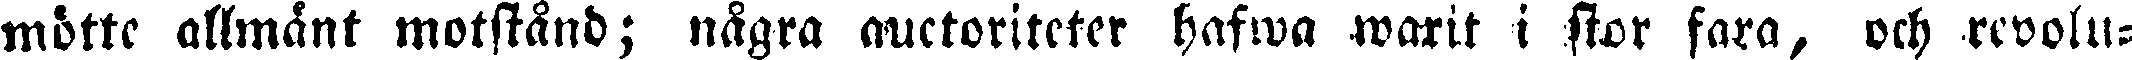
mötte allmänt motstånd; några auctoriteter hafwa warit i stor fara, och revolu-